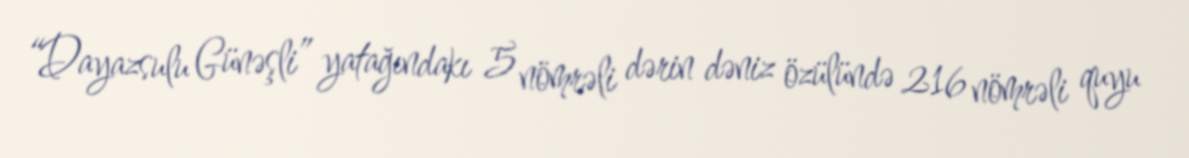
“Dayazsulu Günəşli” yatağındakı 5 nömrəli dərin dəniz özülündə 216 nömrəli quyu